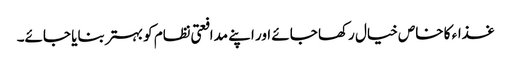
غذاء کا خاص خیال رکھا جائے اور اپنے مدافعتی نظام کو بہتر بنایا جائے۔